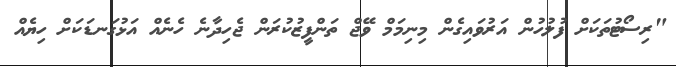
"ރިސޯޓުތަކަށް ފުލުހުން އަރުވައިގެން މިނިމަމް ވޭޖް ތަންފީޒުކުރަން ޖެހިދާނެ ހެނެއް އަޅުގަނޑަކަށް ހިޔެއް